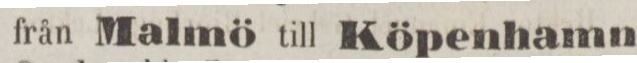
från Malmö till Köpenhamn